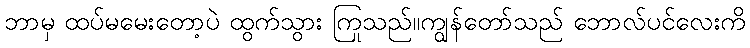
ဘာမှ ထပ်မမေးတော့ပဲ ထွက်သွား ကြသည်။ကျွန်တော်သည် ဘောလ်ပင်လေးကို